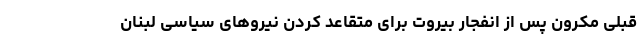
قبلی مکرون پس از انفجار بیروت برای متقاعد کردن نیروهای سیاسی لبنان